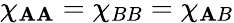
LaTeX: \chi_{\mathbf{A}\mathbf{A}}=\chi_{BB}=\chi_{\mathbf{A}B}